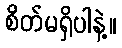
စိတ်မရှိပါနဲ့။